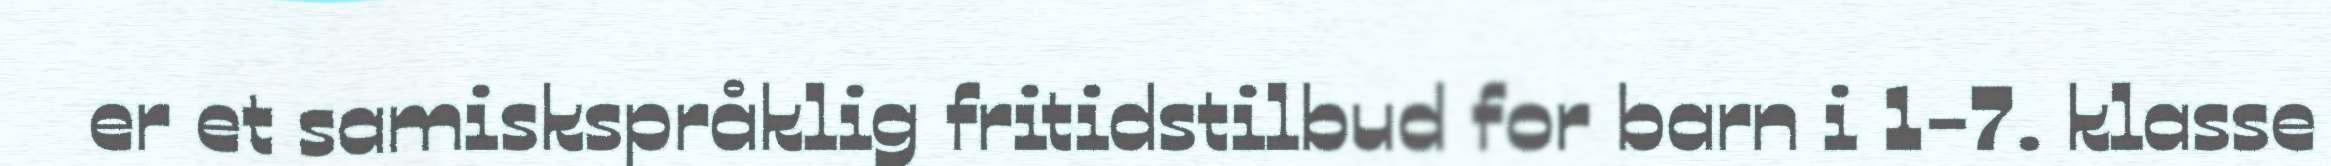
er et samiskspråklig fritidstilbud for barn i 1-7. klasse